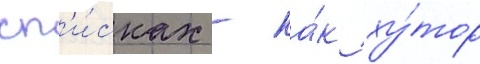
сп'и́сках - ка́к ху́тор